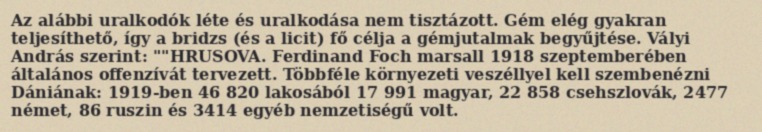
Az alábbi uralkodók léte és uralkodása nem tisztázott. Gém elég gyakran teljesíthető, így a bridzs (és a licit) fő célja a gémjutalmak begyűjtése. Vályi András szerint: ""HRUSOVA. Ferdinand Foch marsall 1918 szeptemberében általános offenzívát tervezett. Többféle környezeti veszéllyel kell szembenézni Dániának: 1919-ben 46 820 lakosából 17 991 magyar, 22 858 csehszlovák, 2477 német, 86 ruszin és 3414 egyéb nemzetiségű volt.